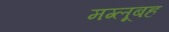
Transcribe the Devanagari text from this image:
मग्लूबह